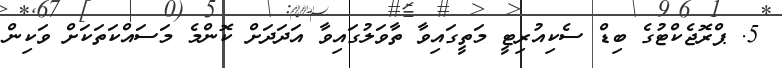
5. ޕްރޮޖެކްޓުގެ ބިޑް ސެކިއުރިޓީ މަތީގައިވާ ތާވަލުގައިވާ އަދަދަށް ކޮންމެ މަސައްކަތަކަށް ވަކިން